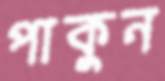
পাকুন